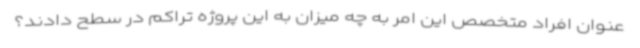
عنوان افراد متخصص این امر به چه میزان به این پروژه تراکم در سطح دادند؟